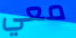
معي